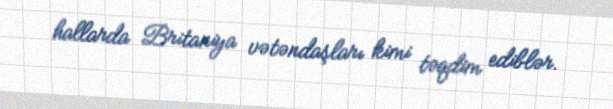
hallarda Britaniya vətəndaşları kimi təqdim ediblər.